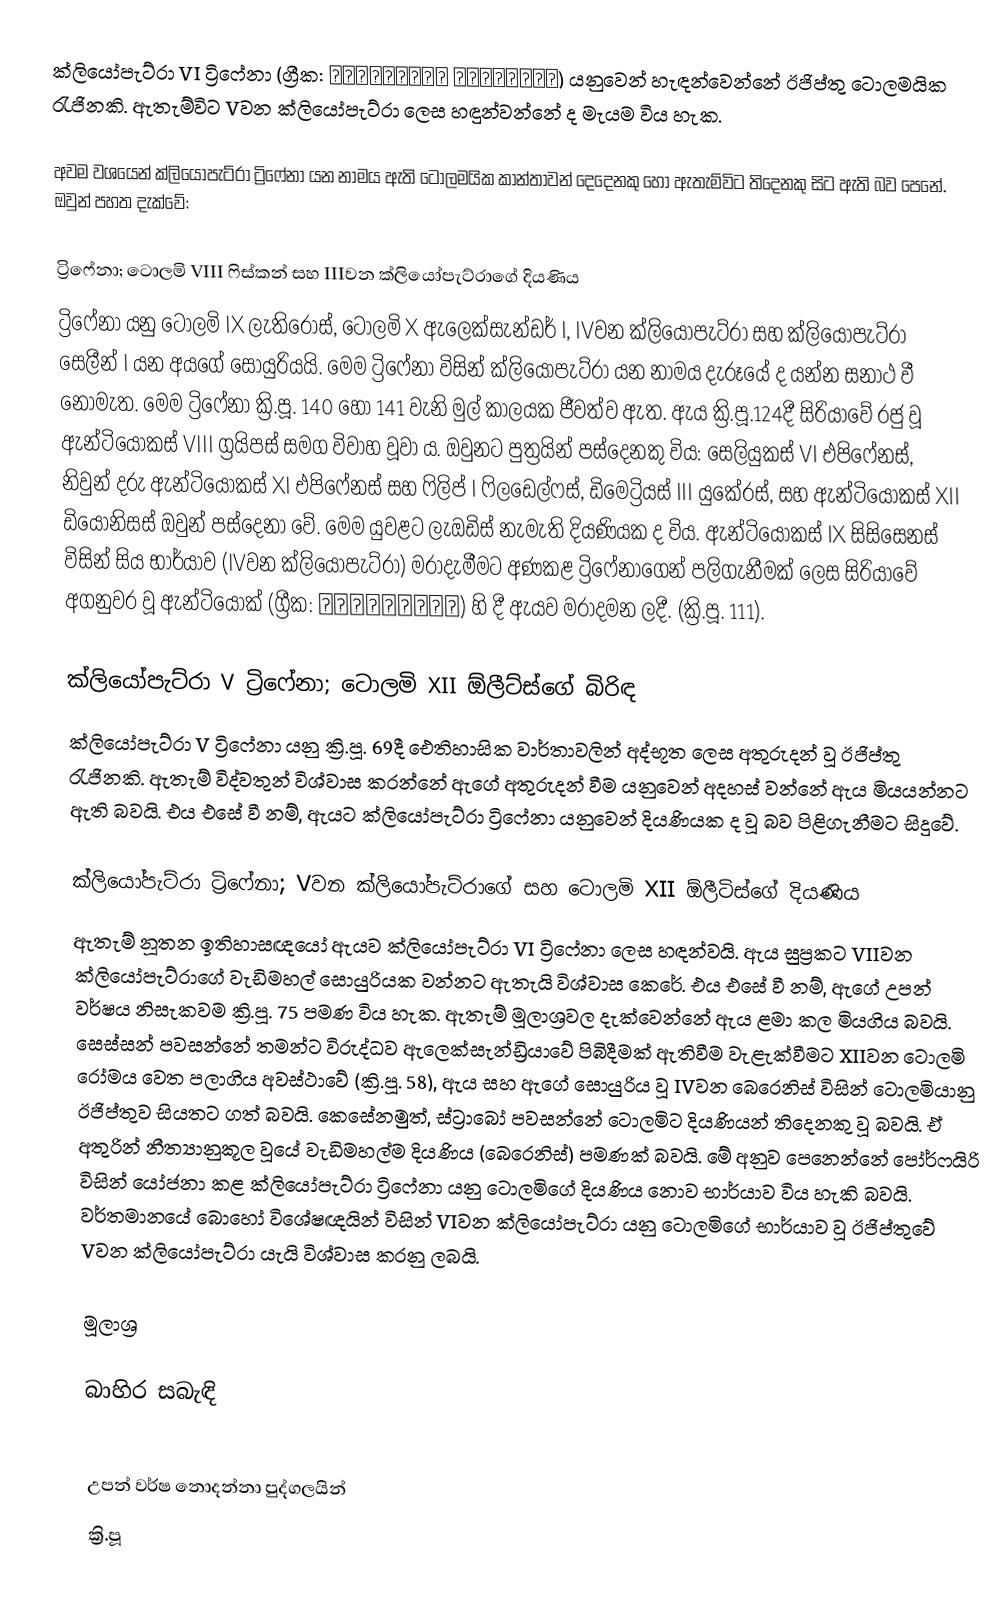
ක්ලියෝපැට්රා VI ට්‍රිෆේනා (ග්‍රීක: Κλεοπάτρα Τρύφαινα) යනුවෙන් හැඳන්වෙන්නේ ඊජිප්තු ටොලමයික රැජිනකි. ඇතැම්විට Vවන ක්ලියෝපැට්රා ලෙස හඳුන්වන්නේ ද මැයම විය හැක.

අවම වශයෙන් ක්ලියෝපැට්රා ට්‍රිෆේනා යන නාමය ඇති ටොලමයික කාන්තාවන් දෙදෙනකු හෝ ඇතැම්විට තිදෙනකු සිට ඇති බව පෙනේ. ඔවුන් පහත දැක්වේ:

ට්‍රිෆේනා; ටොලමි VIII ෆිස්කන් සහ IIIවන ක්ලියෝපැට්රාගේ දියණිය
ට්‍රිෆේනා යනු ටොලමි IX ලැතිරොස්, ටොලමි X ඇලෙක්සැන්ඩර් I, IVවන ක්ලියෝපැට්රා සහ ක්ලියෝපැට්රා සෙලීන් I යන අයගේ සොයුරියයි. මෙම ට්‍රිෆේනා විසින් ක්ලියෝපැට්රා යන නාමය දැරූයේ ද යන්න සනාථ වී නොමැත. මෙම ට්‍රිෆේනා ක්‍රි.පූ. 140 හෝ 141 වැනි මුල් කාලයක ජීවත්ව ඇත. ඇය ක්‍රි.පූ.124දී සිරියාවේ රජු වූ ඇන්ටියෝකස් VIII ග්‍රයිපස් සමග විවාහ වූවා ය. ඔවුනට පුත්‍රයින් පස්දෙනකු විය: සෙලියුකස් VI එපිෆේනස්, නිවුන් දරු ඇන්ටියොකස් XI එපිෆේනස් සහ ෆිලිප් I ෆිලඩෙල්ෆස්, ඩිමෙට්‍රියස් III යුකේරස්, සහ ඇන්ටියෝකස් XII ඩියෝනිසස් ඔවුන් පස්දෙනා වේ. මෙම යුවළට ලැඔඩිස් නැමැති දියණියක ද විය. ඇන්ටියෝකස් IX සිසිසෙනස් විසින් සිය භාර්යාව (IVවන ක්ලියෝපැට්රා) මරාදැමීමට අණකළ ට්‍රිෆේනාගෙන් පලිගැනීමක් ලෙස සිරියාවේ අගනුවර වූ ඇන්ටියොක් (ග්‍රීක: Αντιόχεια) හි දී ඇයව මරාදමන ලදී. (ක්‍රි.පූ. 111).

ක්ලියෝපැට්රා V ට්‍රිෆේනා; ටොලමි XII ඕලීට්ස්ගේ බිරිඳ
ක්ලියෝපැට්රා V ට්‍රිෆේනා යනු ක්‍රි.පූ. 69දී ඓතිහාසික වාර්තාවලින් අද්භූත ලෙස අතුරුදන් වූ ඊජිප්තු රැජිනකි. ඇතැම් විද්වතුන් විශ්වාස කරන්නේ ඇගේ අතුරුදන් වීම යනුවෙන් අදහස් වන්නේ ඇය මියයන්නට ඇති බවයි. එය ‍එසේ වී නම්, ඇයට ක්ලියෝපැට්රා ට්‍රිෆේනා යනුවෙන් දියණියක ද වූ බව පිළිගැනීමට සිදුවේ.

ක්ලියෝපැට්රා ට්‍රිෆේනා; Vවන ක්ලියෝපැට්රාගේ සහ ටොලමි XII ඕලීටිස්ගේ දියණිය
ඇතැම් නූතන ඉතිහාසඥයෝ ඇයව ක්ලියෝපැට්රා VI ට්‍රිෆේනා ලෙස හඳන්වයි. ඇය සුප්‍රකට VIIවන ක්ලියෝපැට්රාගේ වැඩිමහල් ‍සොයුරියක වන්නට ඇතැයි විශ්වාස කෙරේ. එය එසේ වී නම්, ඇගේ උපන් වර්ෂය නිසැකවම ක්‍රි.පූ. 75 පමණ විය හැක. ඇතැම් මූලාශ්‍රවල දැක්වෙන්නේ ඇය ළමා කල මියගිය බවයි. සෙස්සන් පවසන්නේ තමන්ට විරුද්ධව ඇලෙක්සැන්ඩ්‍රියාවේ පිබිදීමක් ඇතිවීම වැළැක්වීමට XIIවන ටොලමි රෝමය වෙත පලාගිය අවස්ථාවේ (ක්‍රි.පූ. 58), ඇය සහ ඇගේ සොයුරිය වූ IV‍වන බෙරෙනිස් විසින් ටොලමියානු ඊජිප්තුව සියතට ගත් බවයි. කෙසේනමුත්, ස්ට්‍රාබෝ පවසන්නේ ටොලමිට දියණියන් තිදෙනකු වූ බවයි. ඒ අතුරින් නීත්‍යානුකූල වූයේ වැඩිමහල්ම දියණිය (බෙරෙනිස්) පමණක් බවයි. මේ අනුව පෙනෙන්නේ පෝර්ෆයිරි විසින් යෝජනා කළ ක්ලියෝපැට්රා ට්‍රිෆේනා යනු ටොලමිගේ දියණිය නොව භාර්යාව විය හැකි බවයි. වර්තමානයේ බොහෝ විශේෂඥයින් විසින් VIවන ක්ලියෝපැට්රා යනු ටොලමිගේ භාර්යාව වූ ඊජිප්තුවේ Vවන ක්ලියෝපැට්රා යැයි විශ්වාස කරනු ලබයි.

මූලාශ්‍ර

බාහිර සබැඳි

උපන් වර්ෂ නොදන්නා පුද්ගලයින්
ක්‍රි.පූ